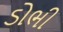
ડોભી